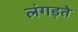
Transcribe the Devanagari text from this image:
लंगड़ते